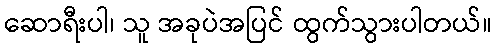
ဆောရီးပါ၊ သူ အခုပဲအပြင် ထွက်သွားပါတယ်။